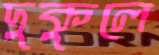
দুকুলে